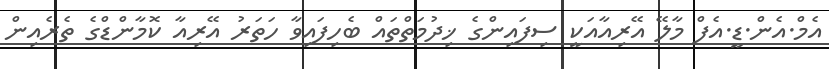
އެމް.އެން.ޑީ.އެފް މާލޭ އޭރިއާއަކީ ސިފައިންގެ ޚިދުމަތްތައް ބެހިފައިވާ ހަތަރު އޭރިއާ ކޮމާންޑްގެ ތެރެއިން